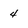
Character: 4